Civil Veterinary Dept. Bombay admin report 1923-31 - 1923-1931
Year: 1923
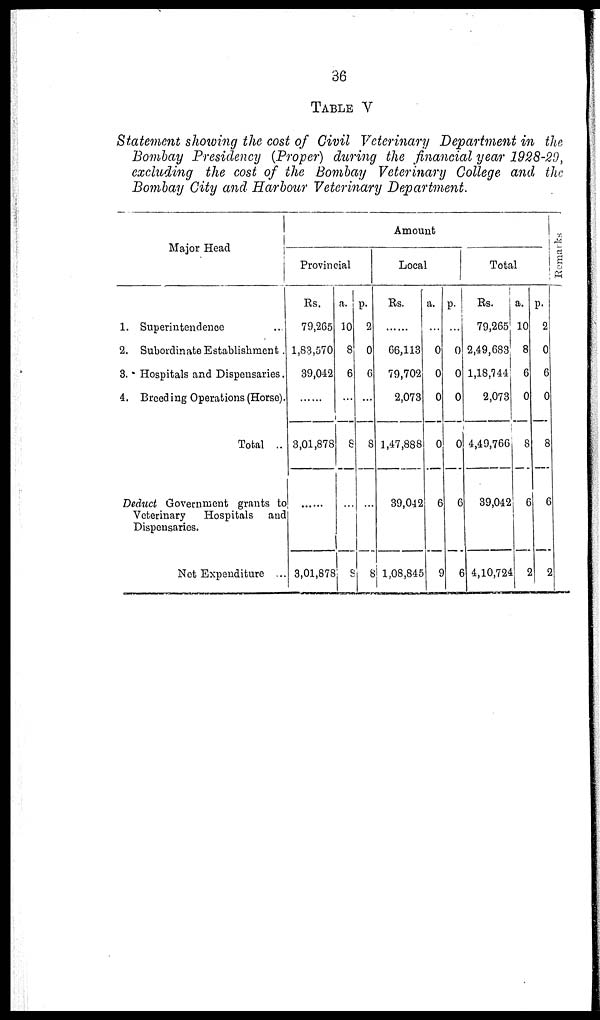
36
TABLE V
Statement showing the cost of Civil Veterinary Department in the,
Bombay Presidency (Proper) during the financial year 1928-29,
excluding the cost of the Bombay Veterinary College and, the
Bombay City and Harbour Veterinary Department.
Major Head
1. Superintendence ...
2. Subordinate Establishment .
3. Hospitals and Dispensaries.
4. Breeding Operations (Horse).
Total ..
Deduct Government grants to
Veterinary
Hospitals
and
Dispensaries.
Net Expenditure ...
Amount
Provincial
Rs.
79,265
1,83,570
39,042
......
3,01,878
......
3,01,878
a.
10
8
6
...
8
...
8
p.
2
0
6
...
8
...
8
Local
Rs.
......
66,113
79,702
2,073
1,47,888
39,042
1,08,845
a.
...
0
0
0
0
6
9
p.
...
0
0
0
0
6
6
Total
Rs.
79,265
2,49,683
1,18,744
2,073
4,49,766
39,042
4,10,724
a.
10
8
6
0
8
6
2
p.
2
0
6
0
8
6
2
Remarks